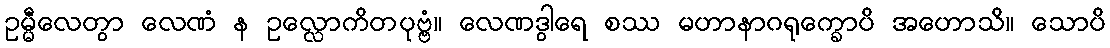
ဥမ္မီလေတွာ လေဏံ န ဥလ္လောကိတပုဗ္ဗံ။ လေဏဒွါရေ စဿ မဟာနာဂရုက္ခောပိ အဟောသိ။ သောပိ